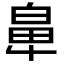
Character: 𮮵